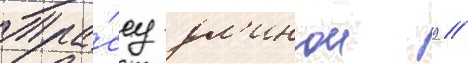
Тра́ссу дл'инои 9 //